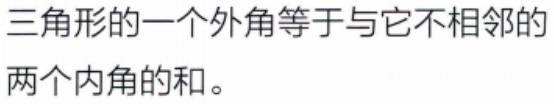
三角形的一个外角等于与它不相邻的两个内角的和。